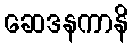
ဆေဒနကာနိ